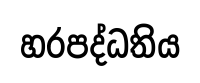
හරපද්ධතිය